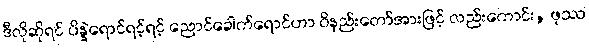
ဒီလိုဆိုရင် ပိန္နဲရောင်ရင့်ရင့် ညောင်ခေါက်ရောင်ဟာ ဝိနည်းတော်အားဖြင့် လည်းကောင်း, ဖုဿ